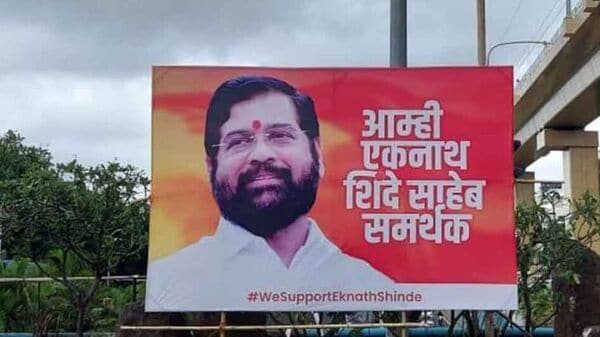
Language: marathi
Transcription: एकनाथ शिंदे साहेब समर्थक आम्ही